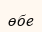
өбе